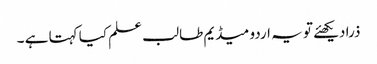
ذرا دیکھئے تو یہ اردو میڈیم طالب علم کیا کہتا ہے ۔